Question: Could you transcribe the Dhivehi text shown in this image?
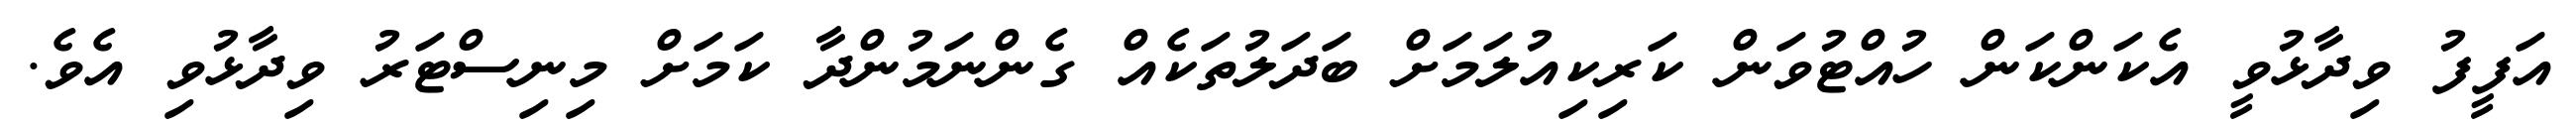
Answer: އަފީފު ވިދާޅުވީ އެކަންކަން ހުއްޓުވަން ކަރިކިއުލަމަށް ބަދަލުތަކެއް ގެންނަމުންދާ ކަމަށް މިނިސްޓަރު ވިދާޅުވި އެވެ.